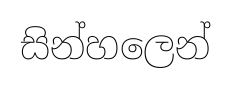
සින්හලෙන්